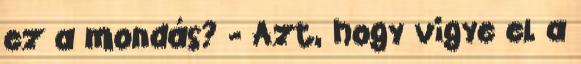
ez a mondás? - Azt, hogy vigye el a